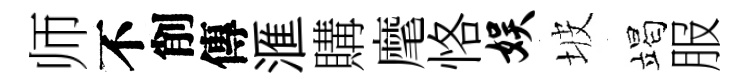
师不削傳滙購麾恪娱坡竭服